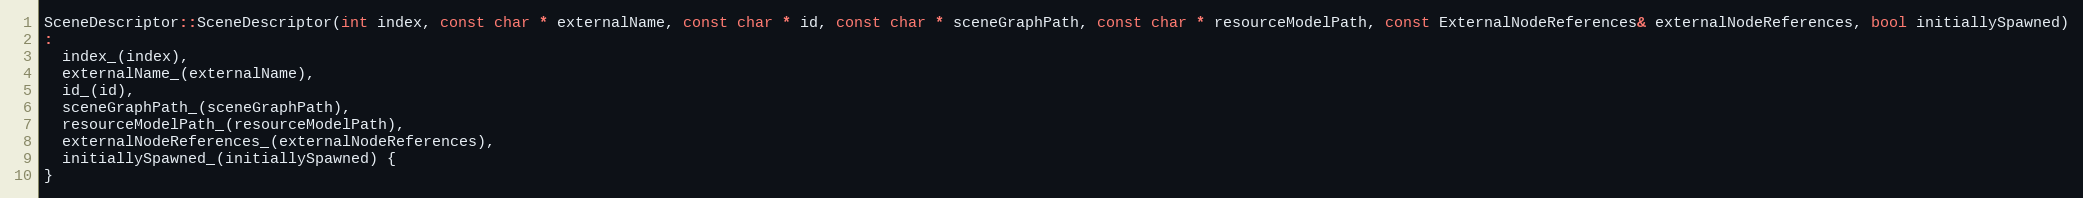
Language: C++
SceneDescriptor::SceneDescriptor(int index, const char * externalName, const char * id, const char * sceneGraphPath, const char * resourceModelPath, const ExternalNodeReferences& externalNodeReferences, bool initiallySpawned)
:
  index_(index),
  externalName_(externalName),
  id_(id),
  sceneGraphPath_(sceneGraphPath),
  resourceModelPath_(resourceModelPath),
  externalNodeReferences_(externalNodeReferences),
  initiallySpawned_(initiallySpawned) {
}